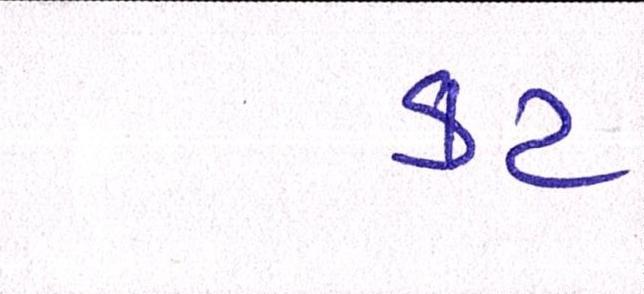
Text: કટ